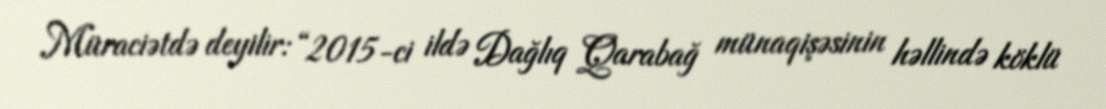
Müraciətdə deyilir: “2015-ci ildə Dağlıq Qarabağ münaqişəsinin həllində köklü